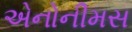
એનોનીમસ